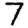
Digit: 7